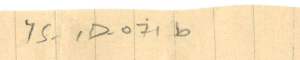
YS - 1D- 071b